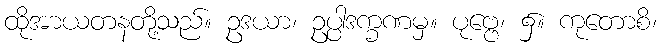
ထိုအာယတနတို့သည်။ ဥဒယာ၊ ဥပ္ပါဒက္ခဏမှ။ ပုဗ္ဗေ၊ ၌။ ကုတောစိ၊